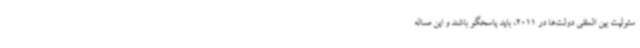
سئولیت بین المللی دولت‌ها در 2011، باید پاسخگو باشند و این مساله